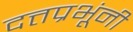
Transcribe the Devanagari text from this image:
दत्तप्रभूंनी